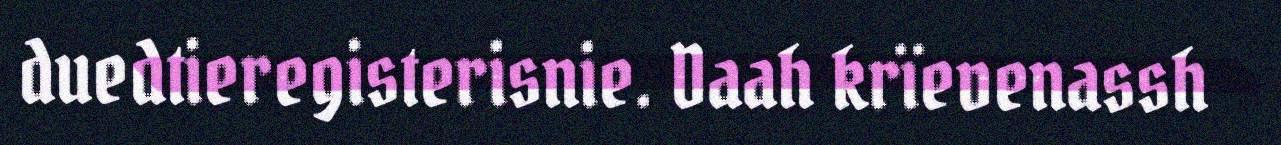
duedtieregisterisnie. Daah krïevenassh